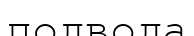
подвода